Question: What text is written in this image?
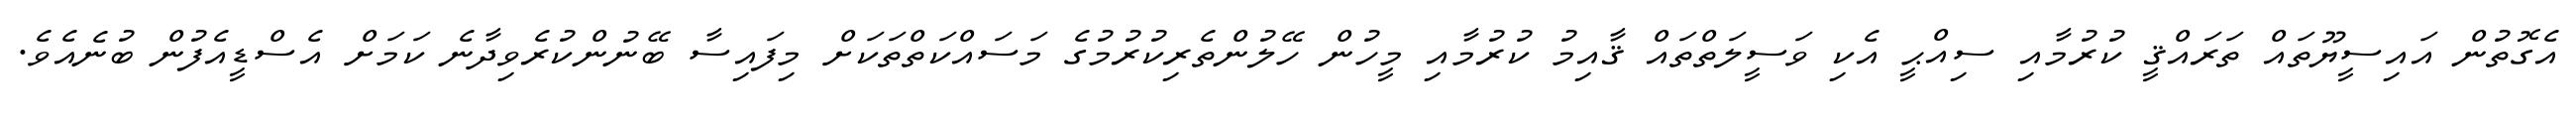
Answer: އެގޮތުން އައިސީޔޫތައް ތަރައްޤީ ކުރުމާއި ސިއްޙީ އެކި ވަސީލަތްތައް ޤާއިމު ކުރުމާއި މީހުން ހޭލުންތެރިކުރުމުގެ މަސައްކަތްތަކަށް މިފައިސާ ބޭނުންކުރެވިދާނެ ކަމަށް އެސްޑީއެފުން ބުނެއެވެ.